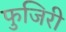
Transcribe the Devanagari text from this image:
फुजिरी